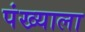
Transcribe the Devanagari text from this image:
पंख्याला